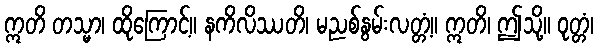
ဣတိ တသ္မာ၊ ထိုကြောင့်။ နကိလိဿတိ၊ မညစ်နွမ်းလတ္တံ့။ ဣတိ၊ ဤသို့။ ဝုတ္တံ၊